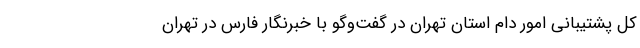
کل پشتیبانی امور دام استان تهران در گفت‌وگو با خبرنگار فارس در تهران